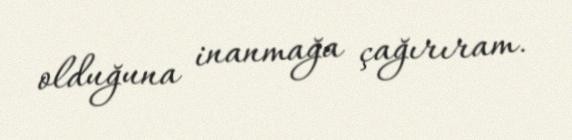
olduğuna inanmağa çağırıram.